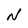
Character: N